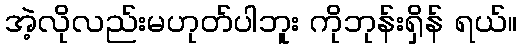
အဲ့လိုလည်းမဟုတ်ပါဘူး ကိုဘုန်းရှိန် ရယ်။